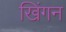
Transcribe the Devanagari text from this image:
खिंगन